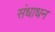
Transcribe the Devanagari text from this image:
संधाधन